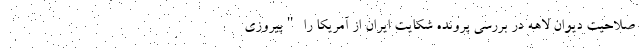
صلاحیت دیوان لاهه در بررسی پرونده شکایت ایران از آمریکا را "پیروزی